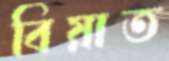
বিয়াত